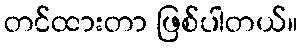
တင်ထားတာ ဖြစ်ပါတယ်။